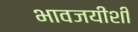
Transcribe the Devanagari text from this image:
भावजयीशी